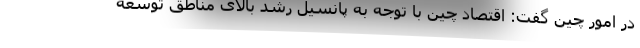
در امور چین گفت: اقتصاد چین با توجه به پانسیل رشد بالای مناطق توسعه